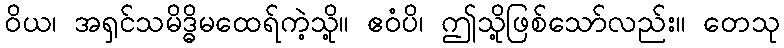
ဝိယ၊ အရှင်သမိဒ္ဓိမထေရ်ကဲ့သို့။ ဧဝံပိ၊ ဤသို့ဖြစ်သော်လည်း။ တေသု